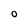
Character: 0